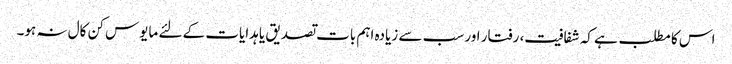
اس کا مطلب ہے کہ شفافیت، رفتار اور سب سے زیادہ اہم بات تصدیق یا ہدایات کے لئے مایوس کن کال نہ ہو۔